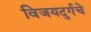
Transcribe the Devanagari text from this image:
विजयदुर्गचे